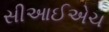
સીઆઈએચ